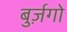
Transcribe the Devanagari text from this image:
बुर्ज़गो